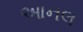
આનલ